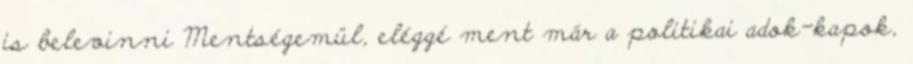
is belevinni Mentségemül, eléggé ment már a politikai adok-kapok,